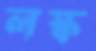
লস্ক